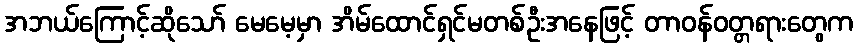
အဘယ်ကြောင့်ဆိုသော် မေမေ့မှာ အိမ်ထောင်ရှင်မတစ်ဦးအနေဖြင့် တာဝန်ဝတ္တရားတွေက